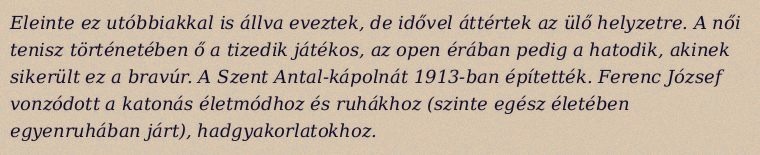
Eleinte ez utóbbiakkal is állva eveztek, de idővel áttértek az ülő helyzetre. A női tenisz történetében ő a tizedik játékos, az open érában pedig a hatodik, akinek sikerült ez a bravúr. A Szent Antal-kápolnát 1913-ban építették. Ferenc József vonzódott a katonás életmódhoz és ruhákhoz (szinte egész életében egyenruhában járt), hadgyakorlatokhoz.